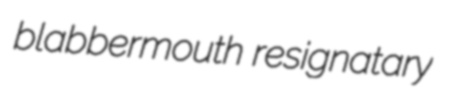
blabbermouth resignatary